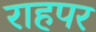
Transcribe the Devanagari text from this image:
राहपर